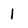
Character: 1